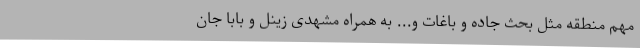
مهم منطقه مثل بحث جاده و باغات و... به همراه مشهدی زینل و بابا جان